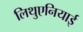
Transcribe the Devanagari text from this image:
लिथुएनियाई